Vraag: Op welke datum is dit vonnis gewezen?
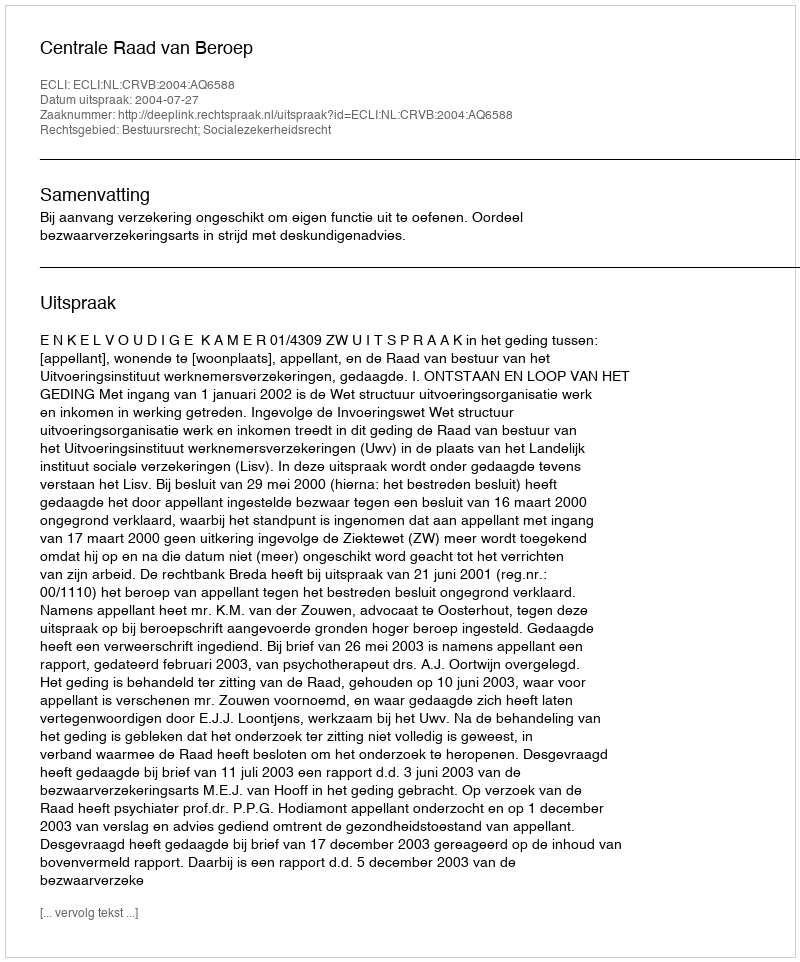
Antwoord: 2004-07-27